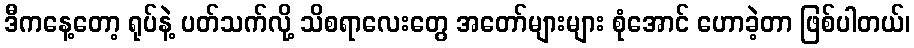
ဒီကနေ့တော့ ရုပ်နဲ့ ပတ်သက်လို့ သိစရာလေးတွေ အတော်များများ စုံအောင် ဟောခဲ့တာ ဖြစ်ပါတယ်၊